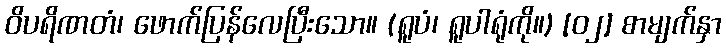
ဝိပရိဏတံ၊ ဖောက်ပြန်လေပြီးသော။ (ရူပံ၊ ရူပါရုံကို။) [၀၂] စာမျက်နှာ